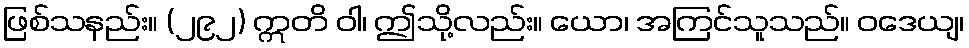
ဖြစ်သနည်း။ (၂၉၂) ဣတိ ဝါ၊ ဤသို့လည်း။ ယော၊ အကြင်သူသည်။ ဝဒေယျ၊